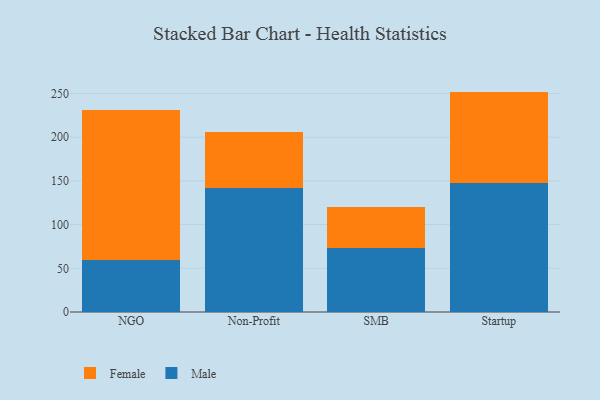
{"axis": {"x": "Segment", "y": "Backlog"}, "legend": ["Female", "Male"], "data": [{"x": "NGO", "y": 59.2, "type": "Male"}, {"x": "NGO", "y": 172.4, "type": "Female"}, {"x": "Non-Profit", "y": 141.7, "type": "Male"}, {"x": "Non-Profit", "y": 64.0, "type": "Female"}, {"x": "SMB", "y": 72.9, "type": "Male"}, {"x": "SMB", "y": 47.7, "type": "Female"}, {"x": "Startup", "y": 147.8, "type": "Male"}, {"x": "Startup", "y": 104.4, "type": "Female"}]}